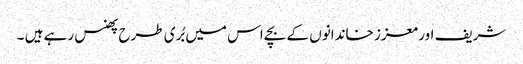
شریف اور معزز خاندانوں کے بچے اس میں بُری طرح پھنس رہے ہیں ۔